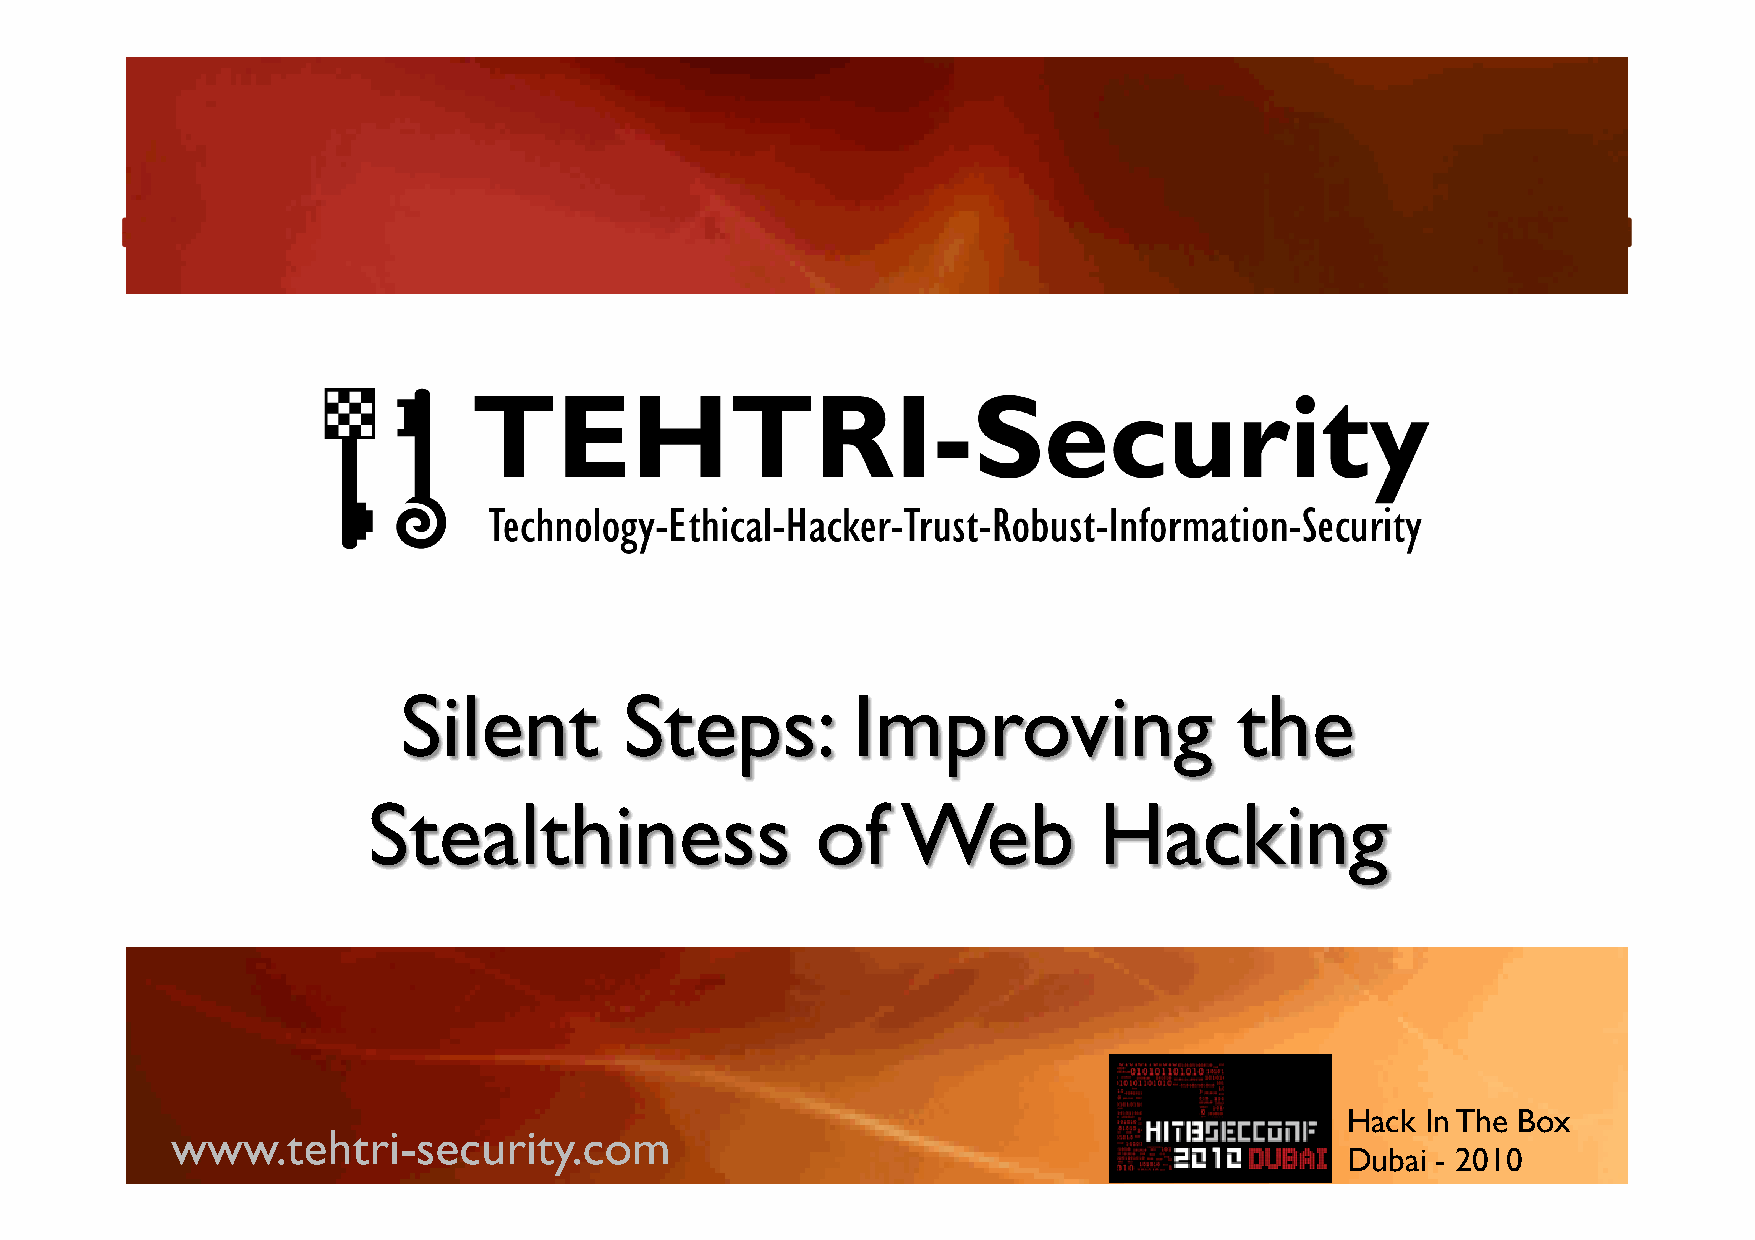
Hack In The Box
 www.tehtri-security.com
 HITBSecConf DUBAI 2010                  www.tehtri-security.com                ©D Tu Eb Ha Ti R - I -2 S0 ec1 u0 r ity 1